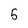
Character: 5